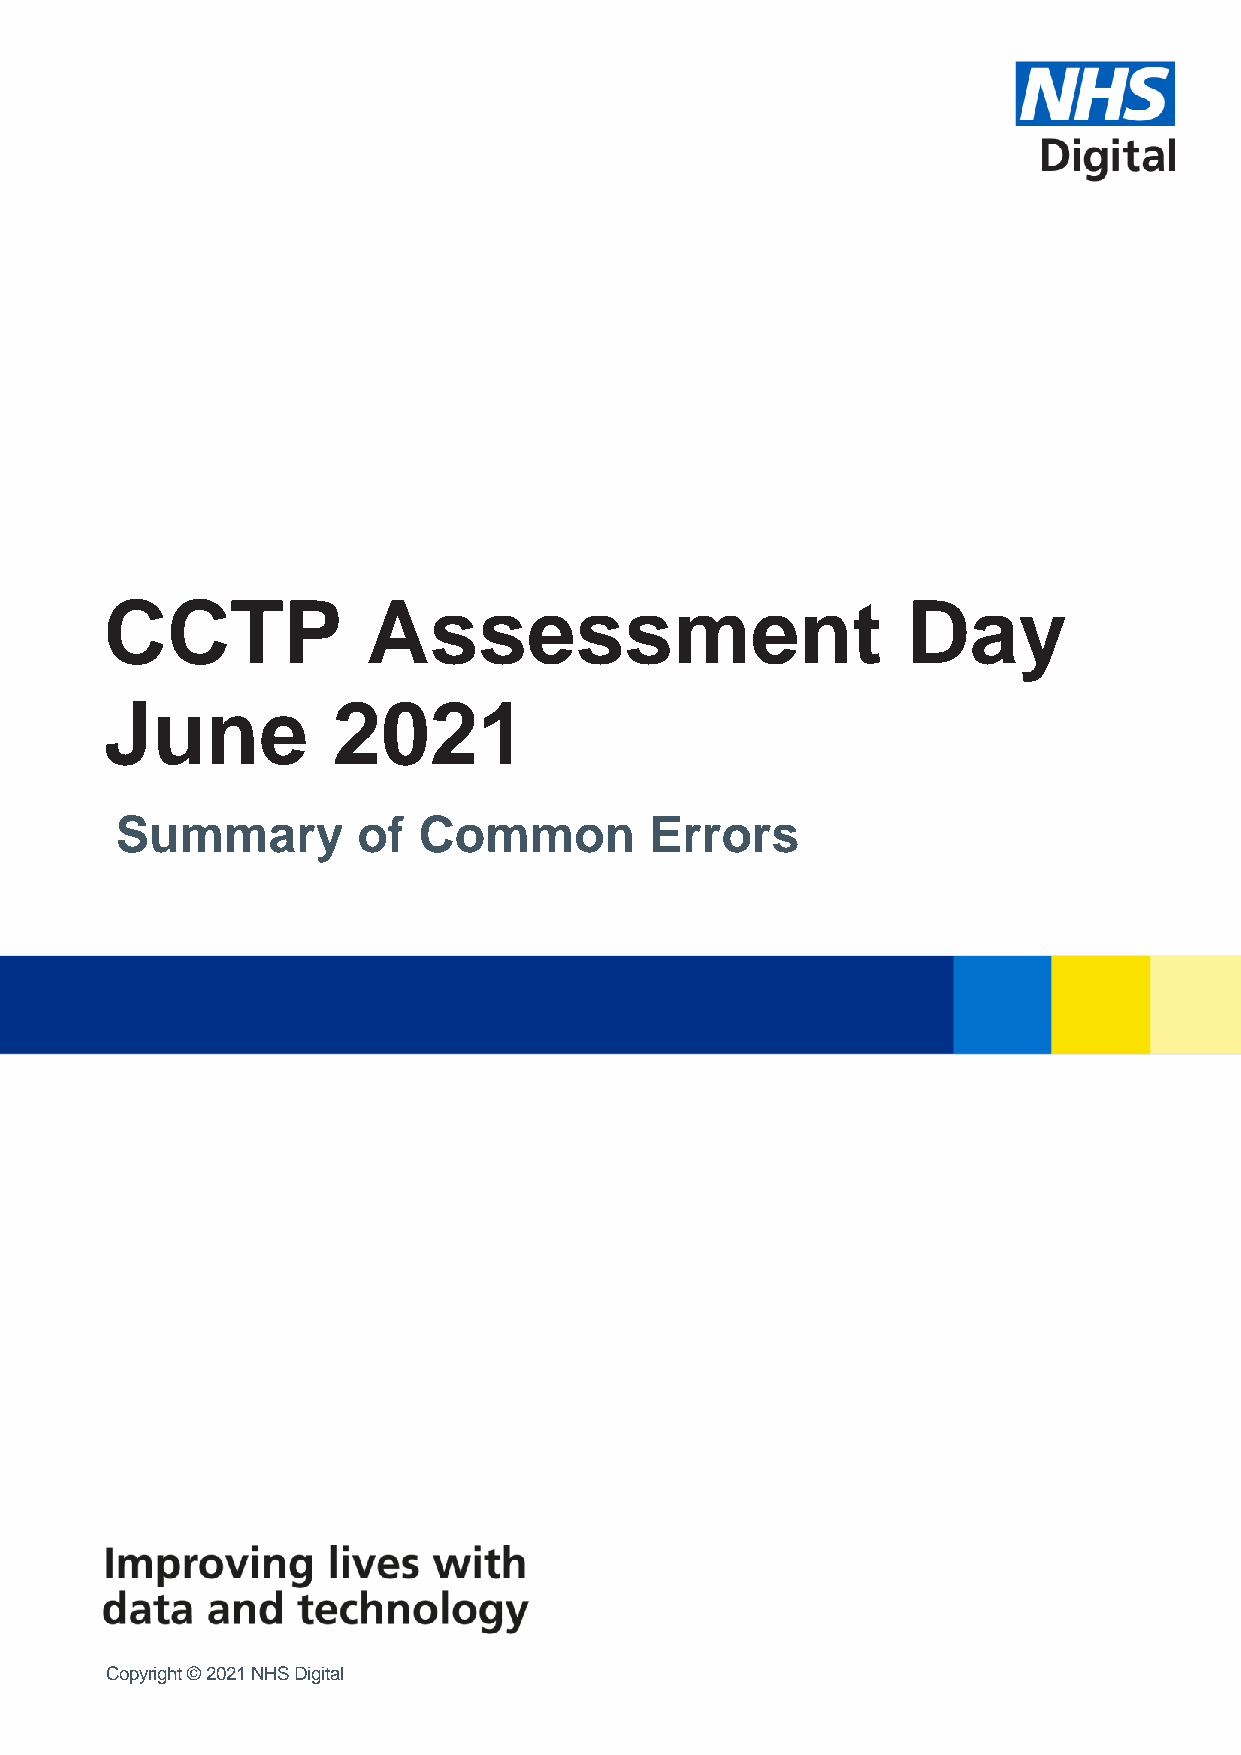
CCTP             Assessment                          Day
 June           2021
 Summary         of  Common         Errors
 Copyright © 2021 NHS Digital